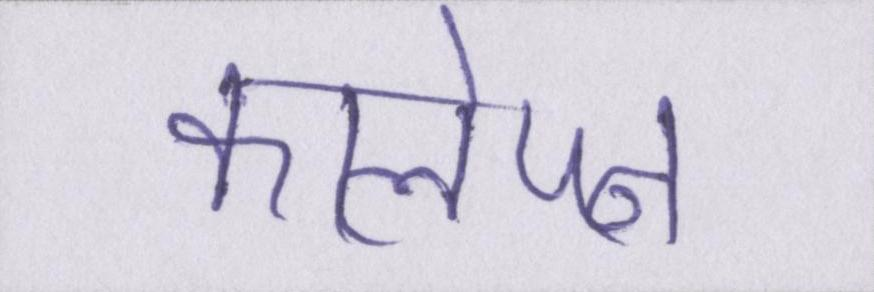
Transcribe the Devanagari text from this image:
कालेपन